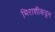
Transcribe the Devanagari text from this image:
मिराशींकडून